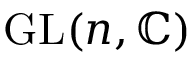
{ \mathrm { G L } } ( n , \mathbb { C } )